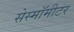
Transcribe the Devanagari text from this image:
सेस्मॉमीटर